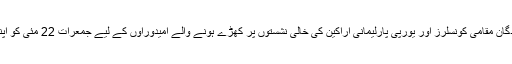
لاکھوں برطانوی رائے دہندگان مقامی کونسلرز اور یورپی پارلیمانی اراکین کی خالی نشستوں پر کھڑے ہونے والے امیدوراوں کے لیے جمعرات 22 مئی کو اپنا ووٹ کاسٹ کر رہے ہیں۔